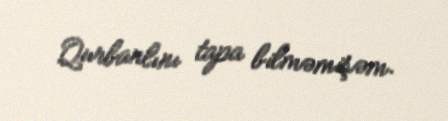
Qurbanlını tapa bilməmişəm.